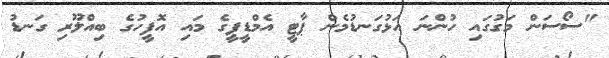
"ސޯސަން މަގުގައި ހުންނަ އަޅުގަނޑުމެން ޕާޓީ އެމްޑީޕީގެ މައި އޮފީހުގެ ބިއްލޫރި ގަނޑު